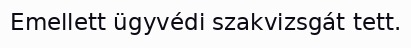
Emellett ügyvédi szakvizsgát tett.